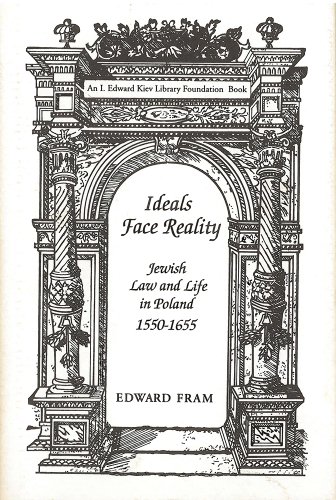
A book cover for Ideals Face Reality: Jewish Law and Life in Poland, 1550-1655 (Monographs of the Hebrew Union College); Edward Fram; Religion & Spirituality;